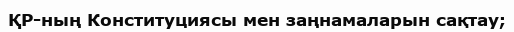
ҚР-ның Конституциясы мен заңнамаларын сақтау;